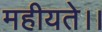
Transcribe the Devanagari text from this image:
महीयते।।